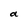
Character: a